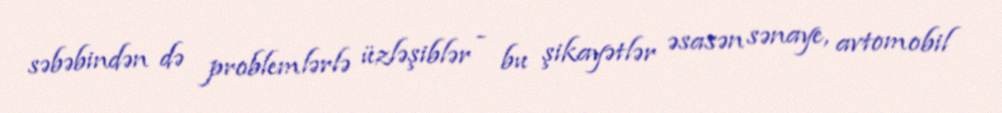
səbəbindən də problemlərlə üzləşiblər - bu şikayətlər əsasən sənaye, avtomobil